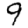
Digit: 9